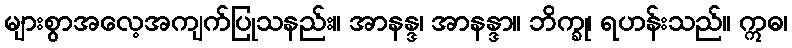
များစွာအလေ့အကျက်ပြုသနည်း။ အာနန္ဒ၊ အာနန္ဒာ။ ဘိက္ခု၊ ရဟန်းသည်။ ဣဓ၊